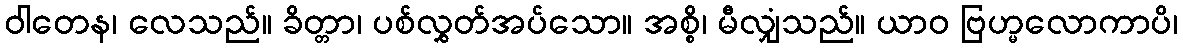
ဝါတေန၊ လေသည်။ ခိတ္တာ၊ ပစ်လွှတ်အပ်သော။ အစ္စိ၊ မီလျှံသည်။ ယာဝ ဗြဟ္မလောကာပိ၊